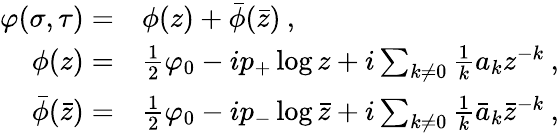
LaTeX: \begin{array}{rl}{{\displaystyle\varphi(\sigma,\tau)=}}&{{\phi(z)+\bar{\phi}(\bar{z})\: ,}}\\ {{\phi(z)=}}&{{\frac{1}{2}\varphi_{0}-ip_{+}\log z+i\sum_{k\neq 0}\frac{1}{k}a_{k}z^{-k}\: ,}}\\ {{\bar{\phi}(\bar{z})=}}&{{\frac{1}{2}\varphi_{0}-ip_{-}\log\bar{z}+i\sum_{k\neq 0}\frac{1}{k}\bar{a}_{k}\bar{z}^{-k}\: ,}}\end{array}